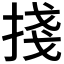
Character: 𢯆